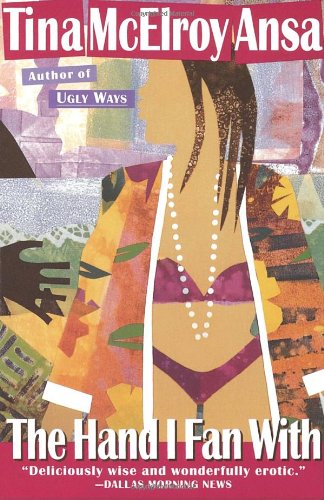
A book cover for The Hand I Fan With; Tina Mcelroy Ansa; Romance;